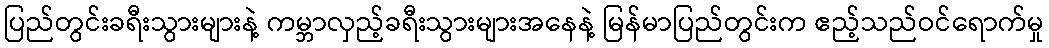
ပြည်တွင်းခရီးသွားများနဲ့ ကမ္ဘာလှည့်ခရီးသွားများအနေနဲ့ မြန်မာပြည်တွင်းက ဧည့်သည်ဝင်ရောက်မှု